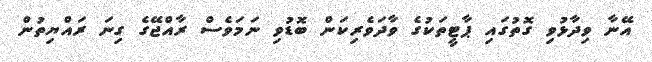
އޭނާ ވިދާޅުވި ގޮތުގައި ޕާޓީތަކުގެ ވާދަވެރިކަން ބޮޑުވި ނަމަވެސް ރާއްޖޭގެ ގިނަ ރައްޔިތުން